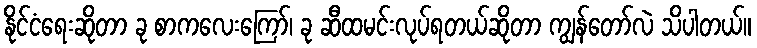
နိုင်ငံရေးဆိုတာ ခု စာကလေးကြော်၊ ခု ဆီထမင်းလုပ်ရတယ်ဆိုတာ ကျွန်တော်လဲ သိပါတယ်။